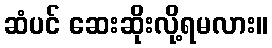
ဆံပင် ဆေးဆိုးလို့ရမလား။